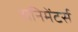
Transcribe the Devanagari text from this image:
अनिमेंटर्स